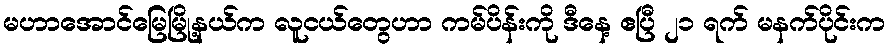
မဟာအောင်မြေမြို့နယ်က လူငယ်တွေဟာ ကမ်ပိန်းကို ဒီနေ့ ဧပြီ ၂၁ ရက် မနက်ပိုင်းက